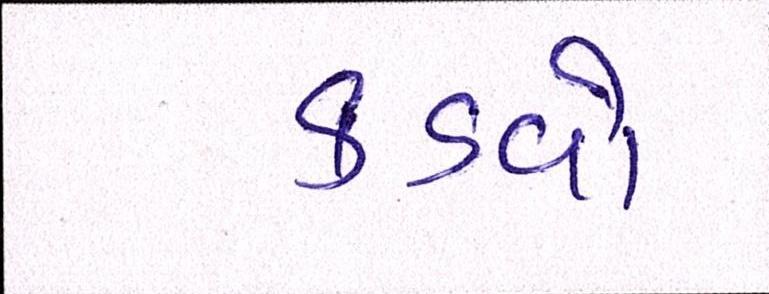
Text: કડવો